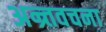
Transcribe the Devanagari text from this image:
अन्र्तवचना